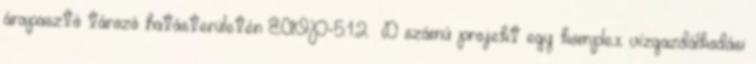
árapasztó tározó hatásterületén ÉAOP-5.1.2 D számú projekt egy komplex vízgazdálkodási